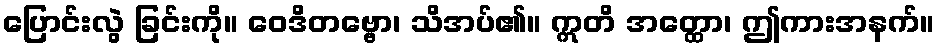
ပြောင်းလွဲ ခြင်းကို။ ဝေဒိတဗ္ဗော၊ သိအပ်၏။ ဣတိ အတ္ထော၊ ဤကားအနက်။